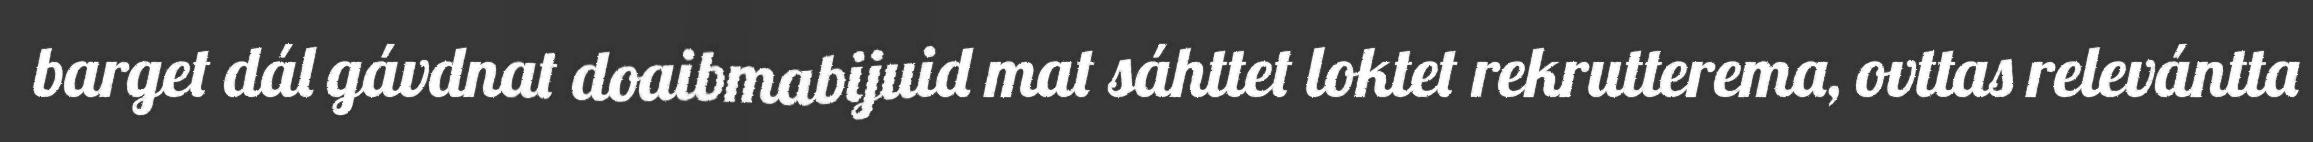
barget dál gávdnat doaibmabijuid mat sáhttet loktet rekrutterema, ovttas relevántta